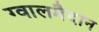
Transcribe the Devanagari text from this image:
ग्वालमैदान